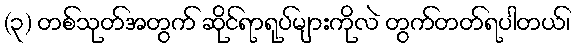
(၃) တစ်သုတ်အတွက် ဆိုင်ရာရုပ်များကိုလဲ တွက်တတ်ရပါတယ်၊